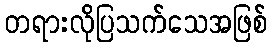
တရားလိုပြသက်သေအဖြစ်